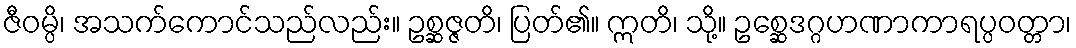
ဇီဝမ္ပိ၊ အသက်ကောင်သည်လည်း။ ဥစ္ဆဇ္ဇတိ၊ ပြတ်၏။ ဣတိ၊ သို့။ ဥစ္ဆေဒဂ္ဂဟဏာကာရပ္ပဝတ္တာ၊